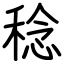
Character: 稔